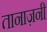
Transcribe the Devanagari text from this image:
तानाज़नी